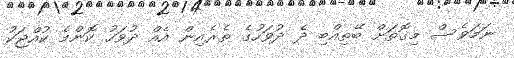
ނަމަވެސް މިގޮތަށް ބޭތިއްބި ދެ ދުވަހުގެ ތެރެއިން އެއް ދުވަހު ކޮންމެ ކުއްޖަކު